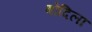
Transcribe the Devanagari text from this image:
बोदिला